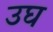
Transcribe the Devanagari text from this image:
उघ